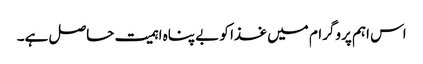
اس اہم پروگرام میں غذا کو بے پناہ اہمیت حاصل ہے۔